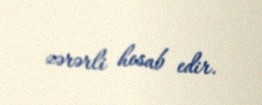
zərərli hesab edir.